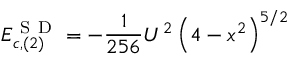
E _ { c , ( 2 ) } ^ { \mathrm { ~ S ~ D ~ } } = - \frac { 1 } { 2 5 6 } U ^ { 2 } \left( 4 - x ^ { 2 } \right) ^ { 5 / 2 }